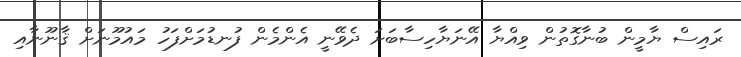
ރައިސް ޔާމީން ބުނާގޮތުން ވިއްޔާ އޭނަޔާހިސާބަށަ ދެވޭނީ އެންމެން ފުނޑުމަށްފަހު މައުމޫނަށް ޤާނޫނާއި